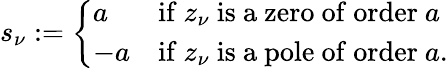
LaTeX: s_{\nu}:={\left\{ \begin{array}{ll}{a}&{{\mathrm{if~}}z_{\nu}{\mathrm{~is~a~zero~of~order~}}a}\\ {-a}&{{\mathrm{if~}}z_{\nu}{\mathrm{~is~a~pole~of~order~}}a.}\end{array}\right.}